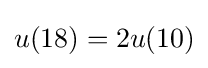
u(18)=2u(10)